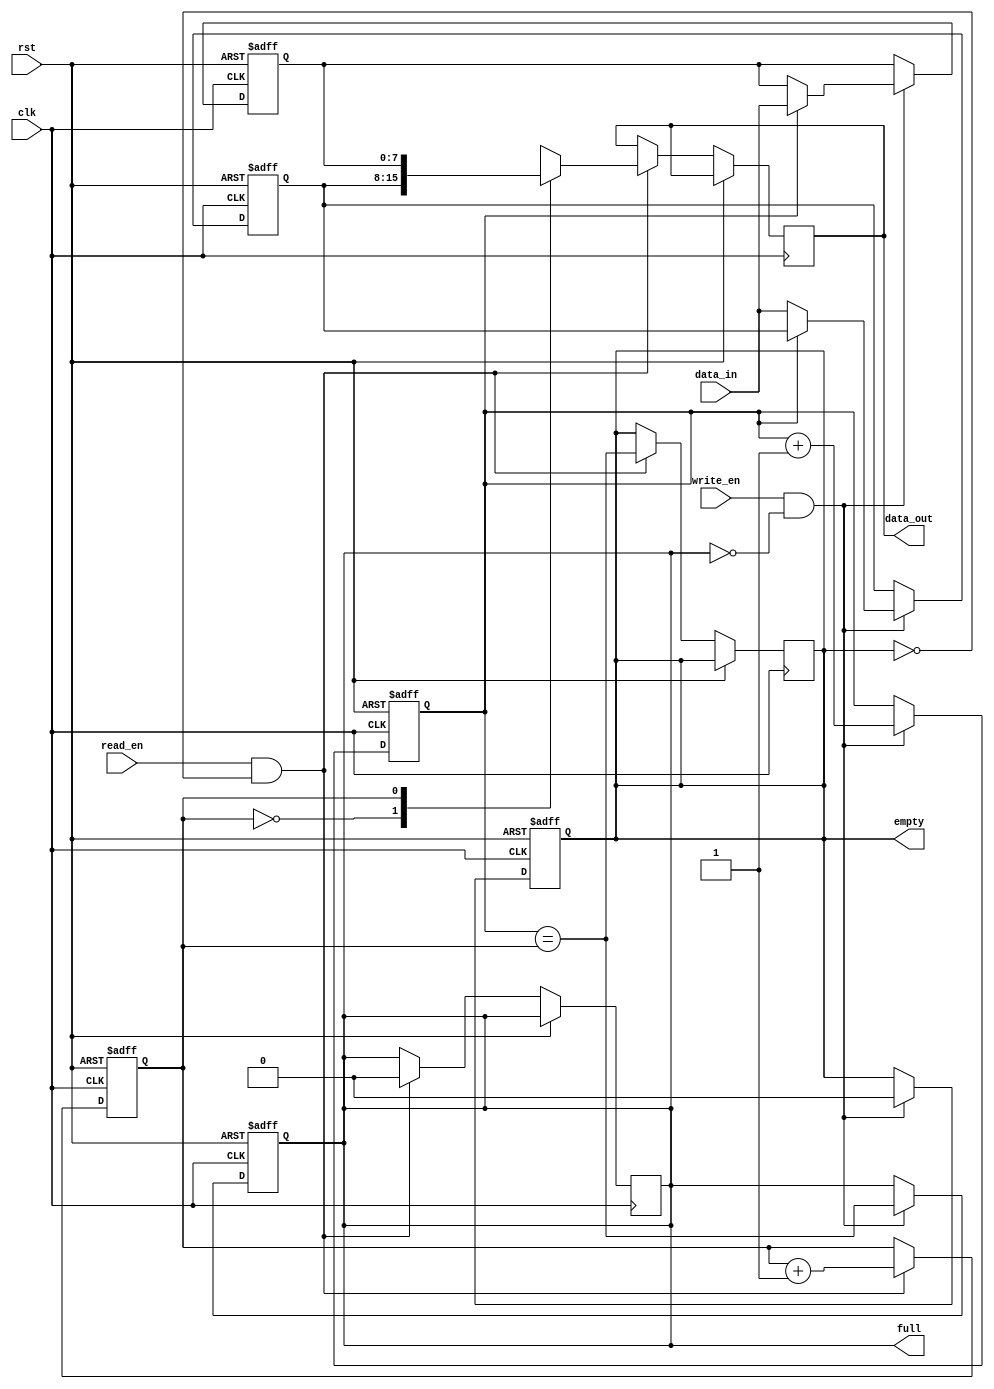
module async_fifo (
  input clk,              // Clock signal
  input rst,              // Reset signal
  input write_en,         // Write enable signal
  input read_en,          // Read enable signal
  input [7:0] data_in,    // Input data
  output reg [7:0] data_out, // Output data
  output reg full,        // Full flag
  output reg empty        // Empty flag
);

reg [7:0] fifo[0:3];      // FIFO depth of 4
reg write_ptr = 2'b00;    // Initial write pointer
reg read_ptr = 2'b00;     // Initial read pointer

// Write operation
always @(posedge clk or posedge rst) begin
  if (rst) begin
    write_ptr <= 2'b00;
    fifo[0] <= 8'b0;
    fifo[1] <= 8'b0;
    fifo[2] <= 8'b0;
    fifo[3] <= 8'b0;
    full <= 1'b0;
    empty <= 1'b1;
  end else begin
    if (write_en && ~full) begin
      fifo[write_ptr] <= data_in;
      write_ptr <= write_ptr + 1;
      full <= (write_ptr == read_ptr);
      empty <= 1'b0;
    end
  end
end

// Read operation
always @(posedge clk or posedge rst) begin
  if (rst) begin
    read_ptr <= 2'b00;
  end else begin
    if (read_en && ~empty) begin
      data_out <= fifo[read_ptr];
      read_ptr <= read_ptr + 1;
      empty <= (write_ptr == read_ptr);
      full <= 1'b0;
    end
  end
end

endmodule